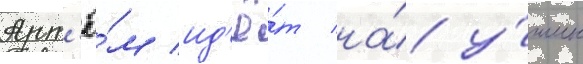
Арт'ё́м ид'ё́т на́ у́жин